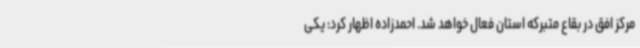
مرکز افق در بقاع متبرکه استان فعال خواهد شد. احمدزاده اظهار کرد: یکی